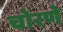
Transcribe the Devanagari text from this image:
चोरणे